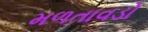
મળતાવડો